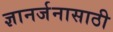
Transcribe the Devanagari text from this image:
ज्ञानर्जनासाठी